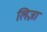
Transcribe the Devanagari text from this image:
लिज़ा